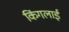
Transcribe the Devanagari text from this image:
किंगलाई